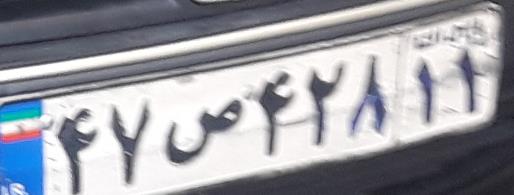
۴۷ص۴۲۸۱۱